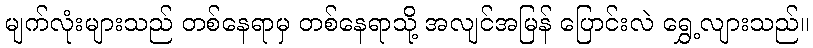
မျက်လုံးများသည် တစ်နေရာမှ တစ်နေရာသို့ အလျင်အမြန် ပြောင်းလဲ ရွှေ့လျားသည်။